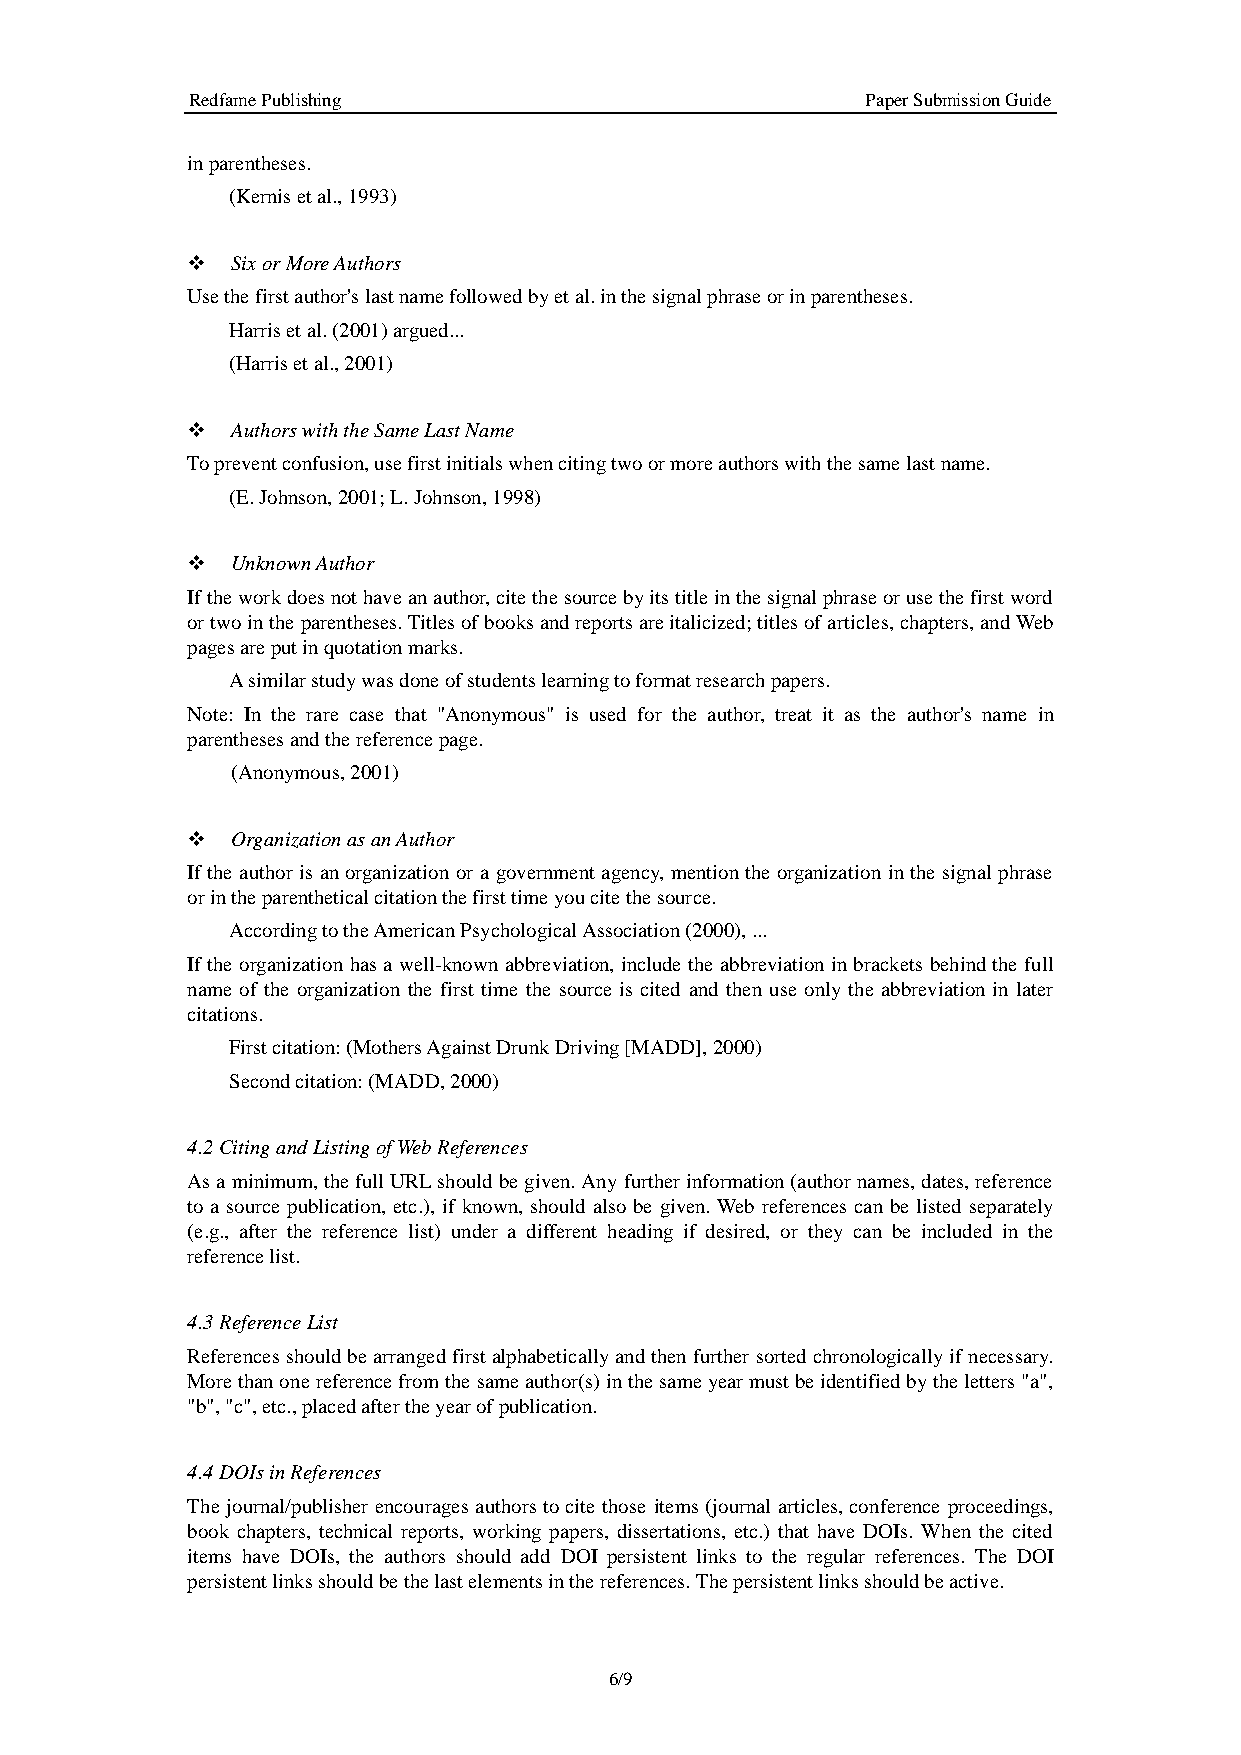
Redfame Publishing                           Paper Submission Guide
 in parentheses.
 (Kernis et al., 1993)
 ❖  Six or More Authors
 Use the first author's last name followed by et al. in the signal phrase or in parentheses.
 Harris et al. (2001) argued...
 (Harris et al., 2001)
 ❖  Authors with the Same Last Name
 To prevent confusion, use first initials when citing two or more authors with the same last name.
 (E. Johnson, 2001; L. Johnson, 1998)
 ❖  Unknown Author
 If the work does not have an author, cite the source by its title in the signal phrase or use the first word
 or two in the parentheses. Titles of books and reports are italicized; titles of articles, chapters, and Web
 pages are put in quotation marks.
 A similar study was done of students learning to format research papers.
 Note: In the rare case that "Anonymous" is used for the author, treat it as the author's name in
 parentheses and the reference page.
 (Anonymous, 2001)
 ❖  Organization as an Author
 If the author is an organization or a government agency, mention the organization in the signal phrase
 or in the parenthetical citation the first time you cite the source.
 According to the American Psychological Association (2000), ...
 If the organization has a well-known abbreviation, include the abbreviation in brackets behind the full
 name of the organization the first time the source is cited and then use only the abbreviation in later
 citations.
 First citation: (Mothers Against Drunk Driving [MADD], 2000)
 Second citation: (MADD, 2000)
 4.2 Citing and Listing of Web References
 As a minimum, the full URL should be given. Any further information (author names, dates, reference
 to a source publication, etc.), if known, should also be given. Web references can be listed separately
 (e.g., after the reference list) under a different heading if desired, or they can be included in the
 reference list.
 4.3 Reference List
 References should be arranged first alphabetically and then further sorted chronologically if necessary.
 More than one reference from the same author(s) in the same year must be identified by the letters "a",
 "b", "c", etc., placed after the year of publication.
 4.4 DOIs in References
 The journal/publisher encourages authors to cite those items (journal articles, conference proceedings,
 book chapters, technical reports, working papers, dissertations, etc.) that have DOIs. When the cited
 items have DOIs, the authors should add DOI persistent links to the regular references. The DOI
 persistent links should be the last elements in the references. The persistent links should be active.
 6/9